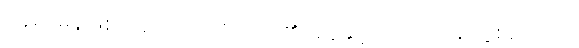
နေရာမှန်ဖြစ်သည် ဘုရားသခင်၏အမှုနှင့်ပတ်သက်၍ ဖွဲစည်းကာ